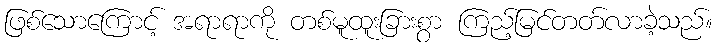
ဖြစ်သောကြောင့် အရာရာကို တစ်မူထူးခြားစွာ ကြည့်မြင်တတ်လာခဲ့သည်။